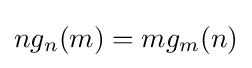
ng_{n}(m)=mg_{m}(n)